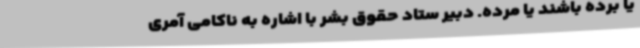
یا برده باشند یا مرده. دبیر ستاد حقوق بشر با اشاره به ناکامی آمری